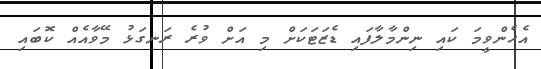
އެހެންވީމަ ކައި ނިންމާލާފައި ޑެޒަޓަކަށް މި އަށް ވުރެ ރަނގަޅު މޭވާއެއް ކޮބައި